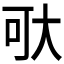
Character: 𱘯